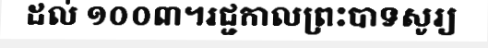
ដល់ ១០០៣។រជ្ជកាលព្រះបាទសូរ្យ